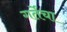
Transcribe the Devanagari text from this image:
गर्तेचा